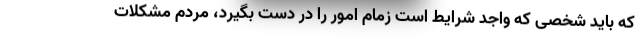
که باید شخصی که واجد شرایط است زمام امور را در دست بگیرد، مردم مشکلات